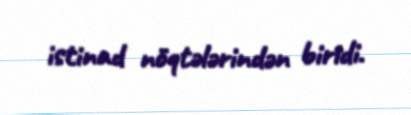
istinad nöqtələrindən biridi.